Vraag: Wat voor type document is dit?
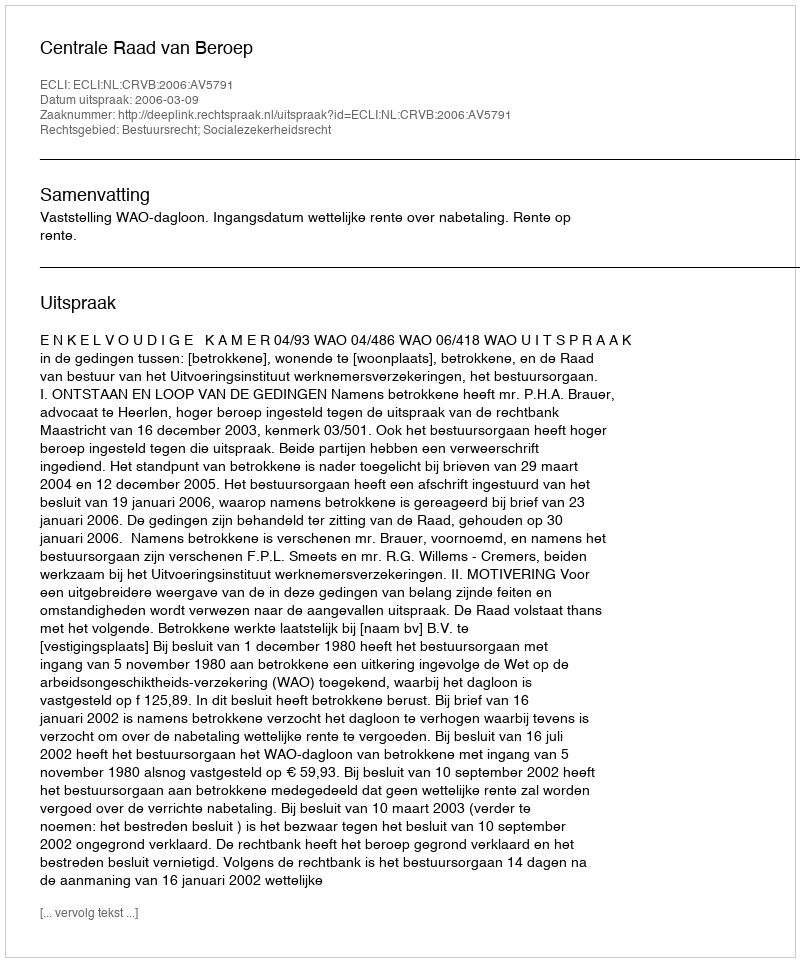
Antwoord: Uitspraak